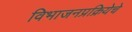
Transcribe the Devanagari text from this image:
विभाजनप्रक्रियेचे